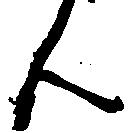
ん